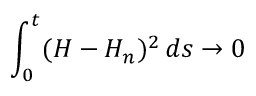
\int _ { 0 } ^ { t } ( H - H _ { n } ) ^ { 2 } \, d s \to 0